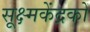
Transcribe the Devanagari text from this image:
सूक्ष्मकेंद्रकों